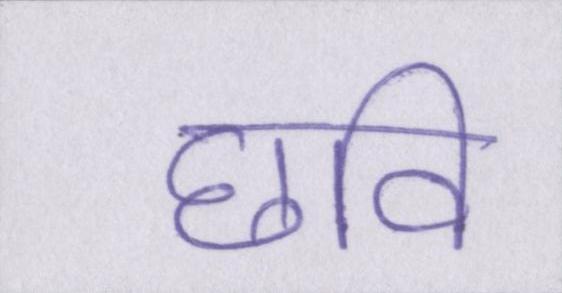
छवि